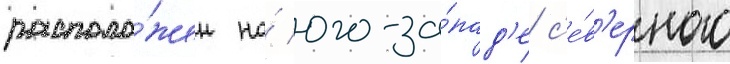
располо́жен на́ юго-за́пад'е с'е́в'ерного